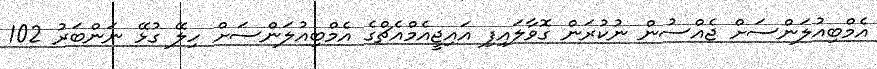
އެމްބިއުލަންސަށް ޖެއްސުން ނުކުރަން ގޮވާލައިފި އައިޖީއެމްއެޗްގެ އެމްބިއުލަންސަށް ހިލޭ ގުޅޭ ނަންބަރު 102